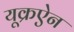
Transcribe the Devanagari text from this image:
यूक्रऐन